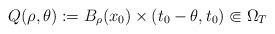
LaTeX: \begin{align*} Q(\rho,\theta):=B_\rho(x_0)\times(t_0-\theta,t_0)\Subset\Omega_T\end{align*}